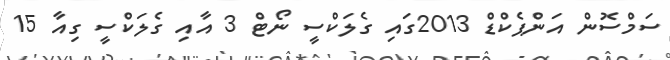
ސަމްސޮން އަންޕެކްޑް 2013ގައި ގެލަކްސީ ނޯޓް 3 އާއި ގެލަކްސީ ގިއާ 15